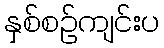
နှစ်စဉ်ကျင်းပ